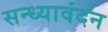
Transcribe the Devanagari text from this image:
सन्ध्यावंदन